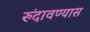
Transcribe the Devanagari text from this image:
रुंदावण्यास